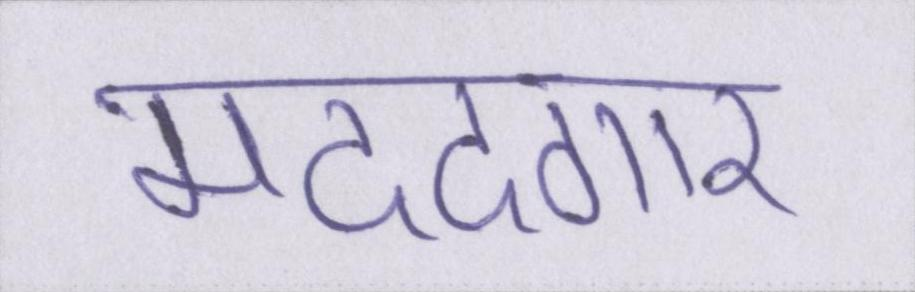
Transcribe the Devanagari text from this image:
मददगार